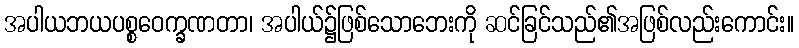
အပါယဘယပစ္စဝေက္ခဏတာ၊ အပါယ်၌ဖြစ်သောဘေးကို ဆင်ခြင်သည်၏အဖြစ်လည်းကောင်း။